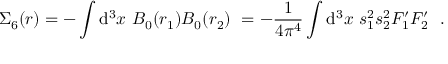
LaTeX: \displaystyle \Sigma _ { 6 } ( r ) = - \int \mathrm { d } ^ { 3 } x ~ B _ { 0 } ( r _ { 1 } ) B _ { 0 } ( r _ { 2 } ) ~ = - \frac { 1 } { 4 \pi ^ { 4 } } \int \mathrm { d } ^ { 3 } x ~ s _ { 1 } ^ { 2 } s _ { 2 } ^ { 2 } F _ { 1 } ^ { \prime } F _ { 2 } ^ { \prime } ~ ~ .